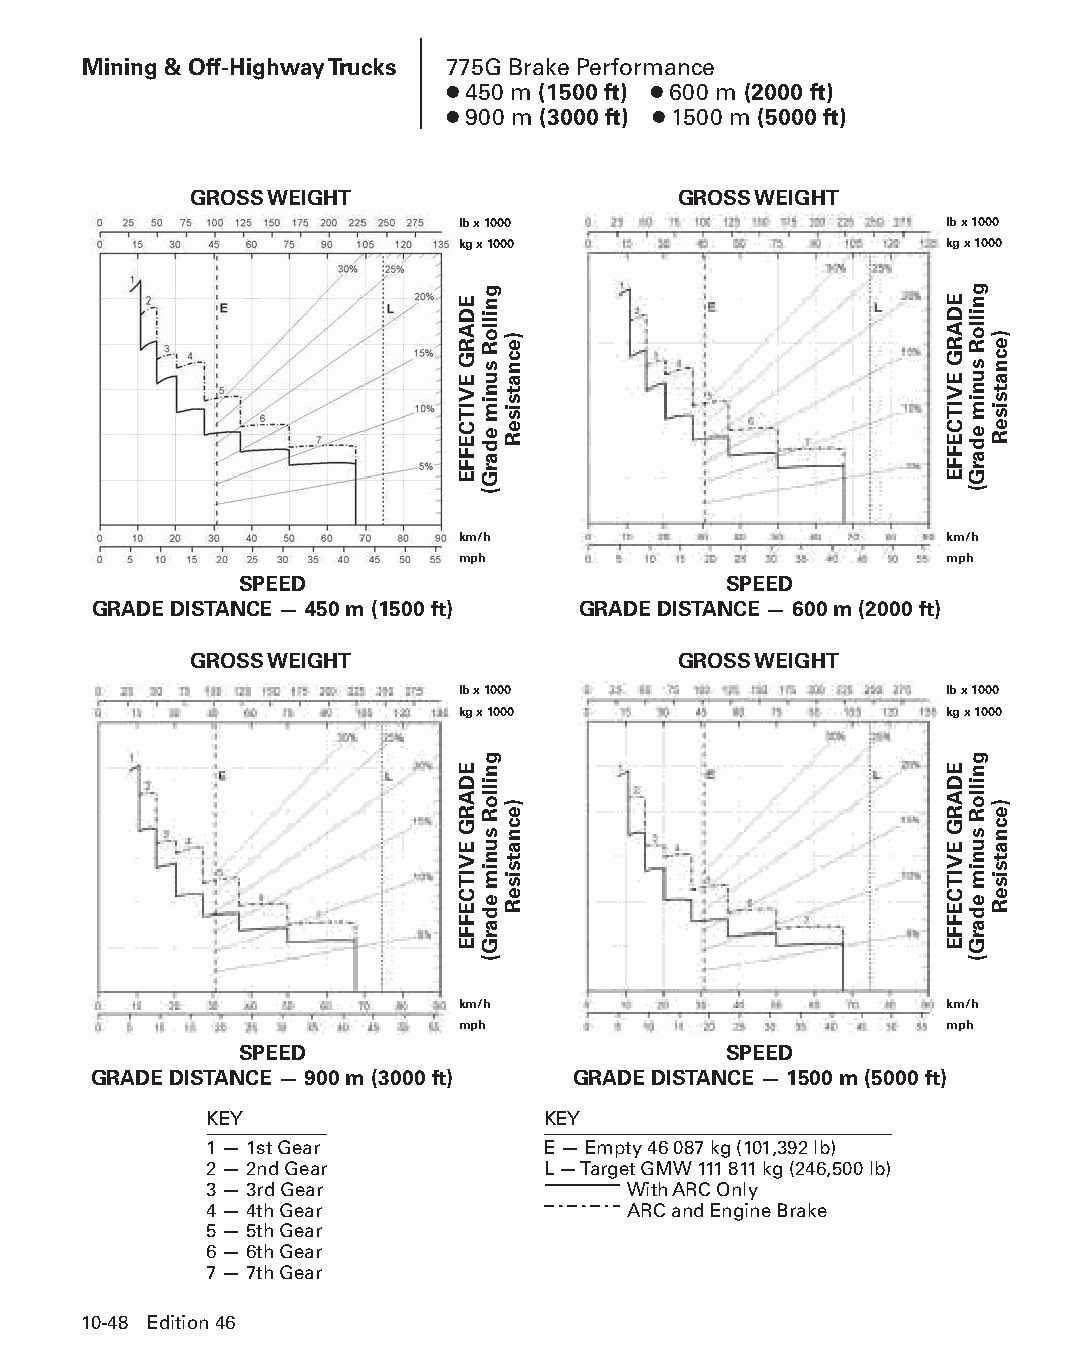
Mining & Off-Highway Trucks 775G Brake Performance
 ● 450 m (1500 ft) ● 600 m (2000 ft)
 ● 900 m (3000 ft) ● 1500 m (5000 ft)
 GROSS WEIGHT                    GROSS WEIGHT
 lb x 1000                       lb x 1000
 kg x 1000                       kg x 1000
 km/h                            km/h
 mph                             mph
 SPEED                           SPEED
 GRADE DISTANCE — 450 m (1500 ft) GRADE DISTANCE — 600 m (2000 ft)
 GROSS WEIGHT                    GROSS WEIGHT
 lb x 1000                       lb x 1000
 kg x 1000                       kg x 1000
 km/h                            km/h
 mph                             mph
 SPEED                           SPEED
 GRADE DISTANCE — 900 m (3000 ft) GRADE DISTANCE — 1500 m (5000 ft)
 KEY                   KEY
 1 — 1st Gear          E — Empty 46 087 kg (101,392 lb)
 2 — 2nd Gear          L — Target GMW 111 811 kg (246,500 lb)
 3 — 3rd Gear                With ARC Only
 4 — 4th Gear                ARC and Engine Brake
 5 — 5th Gear
 6 — 6th Gear
 7 — 7th Gear
 10-48 Edition 46
 PPHHBB--SSeecc1100((ppgg0011--5522))..iinndddd 4488            1122//44//1155 1100::4444 AAMM
 EDARG
 EVITCEFFE
 EDARG
 EVITCEFFE
 gnilloR
 sunim
 edarG(
 gnilloR
 sunim
 edarG(
 )ecnatsiseR
 )ecnatsiseR
 EDARG
 EVITCEFFE
 EDARG
 EVITCEFFE
 gnilloR
 sunim
 edarG(
 gnilloR
 sunim
 edarG(
 )ecnatsiseR
 )ecnatsiseR